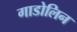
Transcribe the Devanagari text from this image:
गाडोलिन